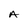
Character: A